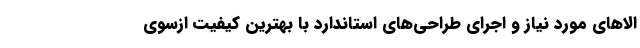
الاهای مورد نیاز و اجرای طراحی‌های استاندارد با بهترین کیفیت ازسوی